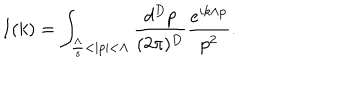
I ( k ) = \int _ { \frac { \Lambda } { s } < | p | < \Lambda } \frac { d ^ { D } p } { ( 2 \pi ) ^ { D } } \frac { e ^ { i k \wedge p } } { p ^ { 2 } } .